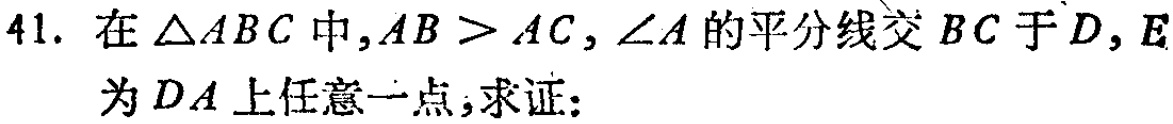
41. 在\(\triangle ABC\)中，\(AB > AC\)，\(\angle A\)的平分线交\(BC\)于\(D\)，\(E\)为\(DA\)上任意一点，求证：